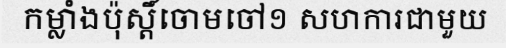
កម្លាំងប៉ុស្តិ៍ចោមចៅ១ សហការជាមួយ